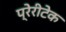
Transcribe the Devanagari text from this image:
प्रेरीटेक